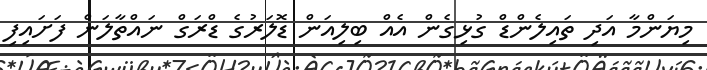
މިޔަންމާ އަދި ތައިލެންޑް ގުޅިގެން އެއް ބިލިއަން ޑޮލަރުގެ ޑްރަގް ނައްތާލަން ފަށައިފި